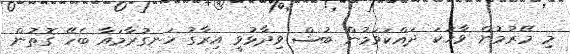
މި މޭރުމުން ވާހަކަ ދައްކަވަމުން ބުޝް ވިދާޅުވީ އިރާގު ހަނގުރާމައާ ބެހޭ ގޮތުން